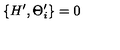
\left\{ H ^ { \prime } , \Theta _ { i } ^ { \prime } \right\} = 0